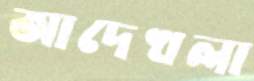
আদেখলা